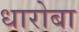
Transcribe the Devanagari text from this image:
धारोबा